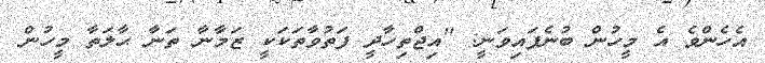
އެހެންވެ އެ މީހުން ބުނެފައިވަނީ: ''އިޖްތިހާދީ ފަތުވާތަކަކީ ޒަމާނާ ތަނާ ޙާލަތާ މީހުން